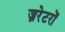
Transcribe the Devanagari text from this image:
ज्नरेटरों